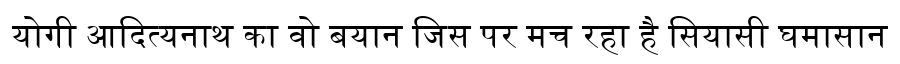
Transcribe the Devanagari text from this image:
योगी आदित्यनाथ का वो बयान जिस पर मच रहा है सियासी घमासान